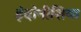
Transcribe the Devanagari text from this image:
इंदोनीशिया